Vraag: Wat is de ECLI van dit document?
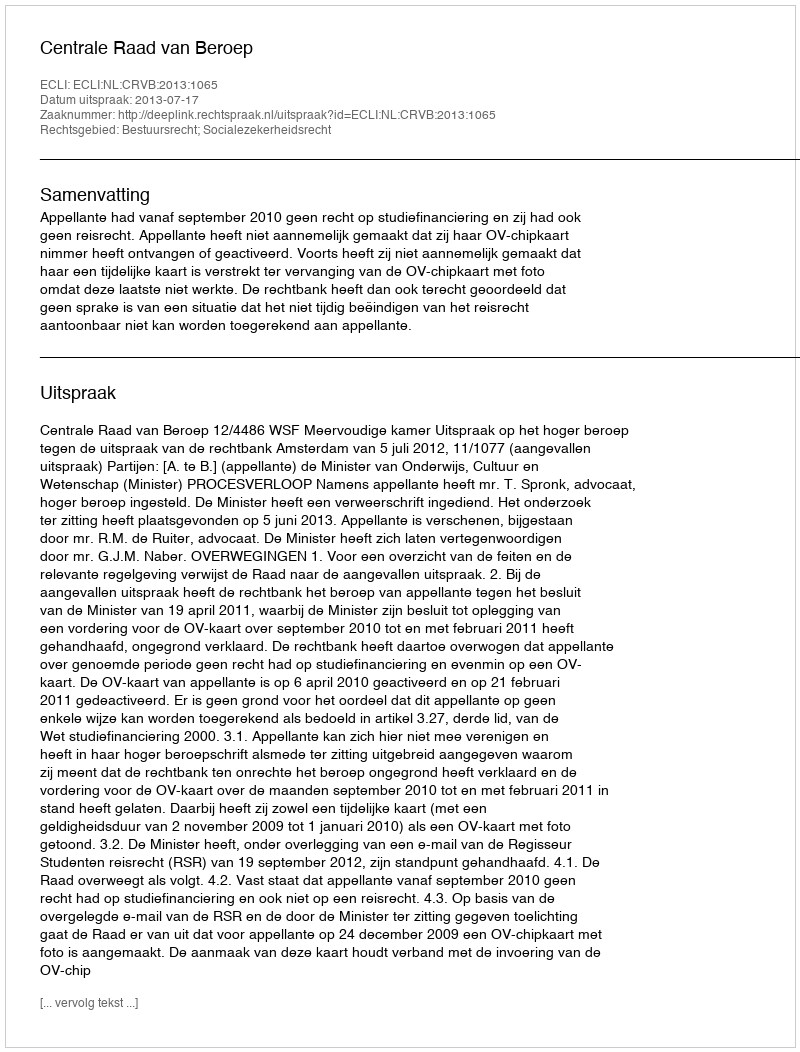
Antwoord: ECLI:NL:CRVB:2013:1065